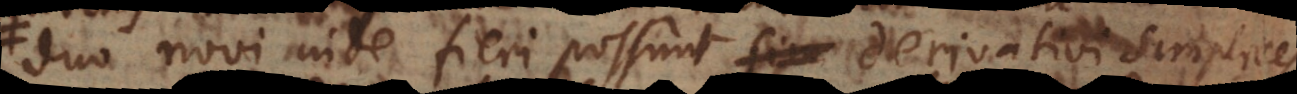
duo novi inde fieri possunt derivativi simplices,